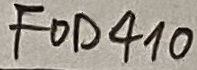
Text: FOD410